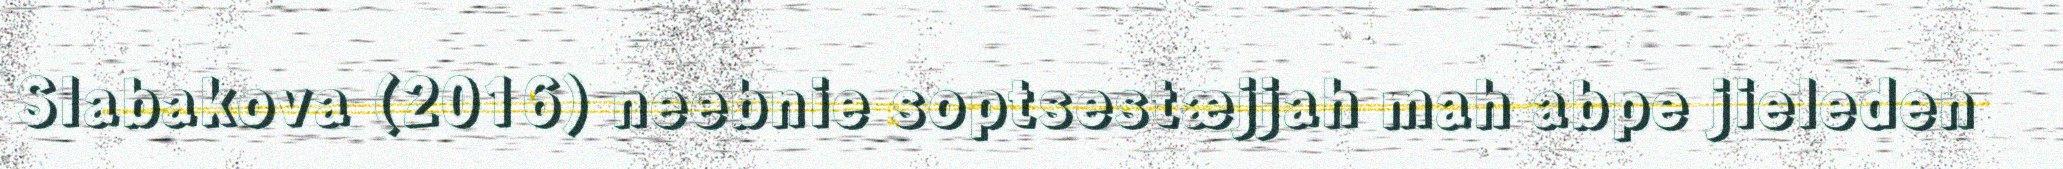
Slabakova (2016) neebnie soptsestæjjah mah abpe jieleden